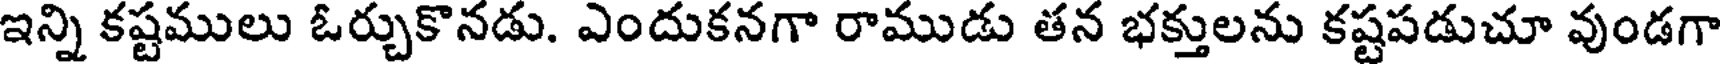
ఇన్ని కష్టములు ఓర్చుకొనడు. ఎందుకనగా రాముడు తన భక్తులను కష్టపడుచూ వుండగా